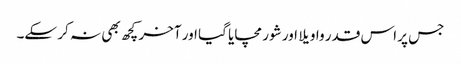
جس پر اس قدر واویلا اور شور مچایا گیا اور آخر کچھ بھی نہ کر سکے۔